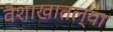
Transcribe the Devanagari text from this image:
वैशाखातल्या